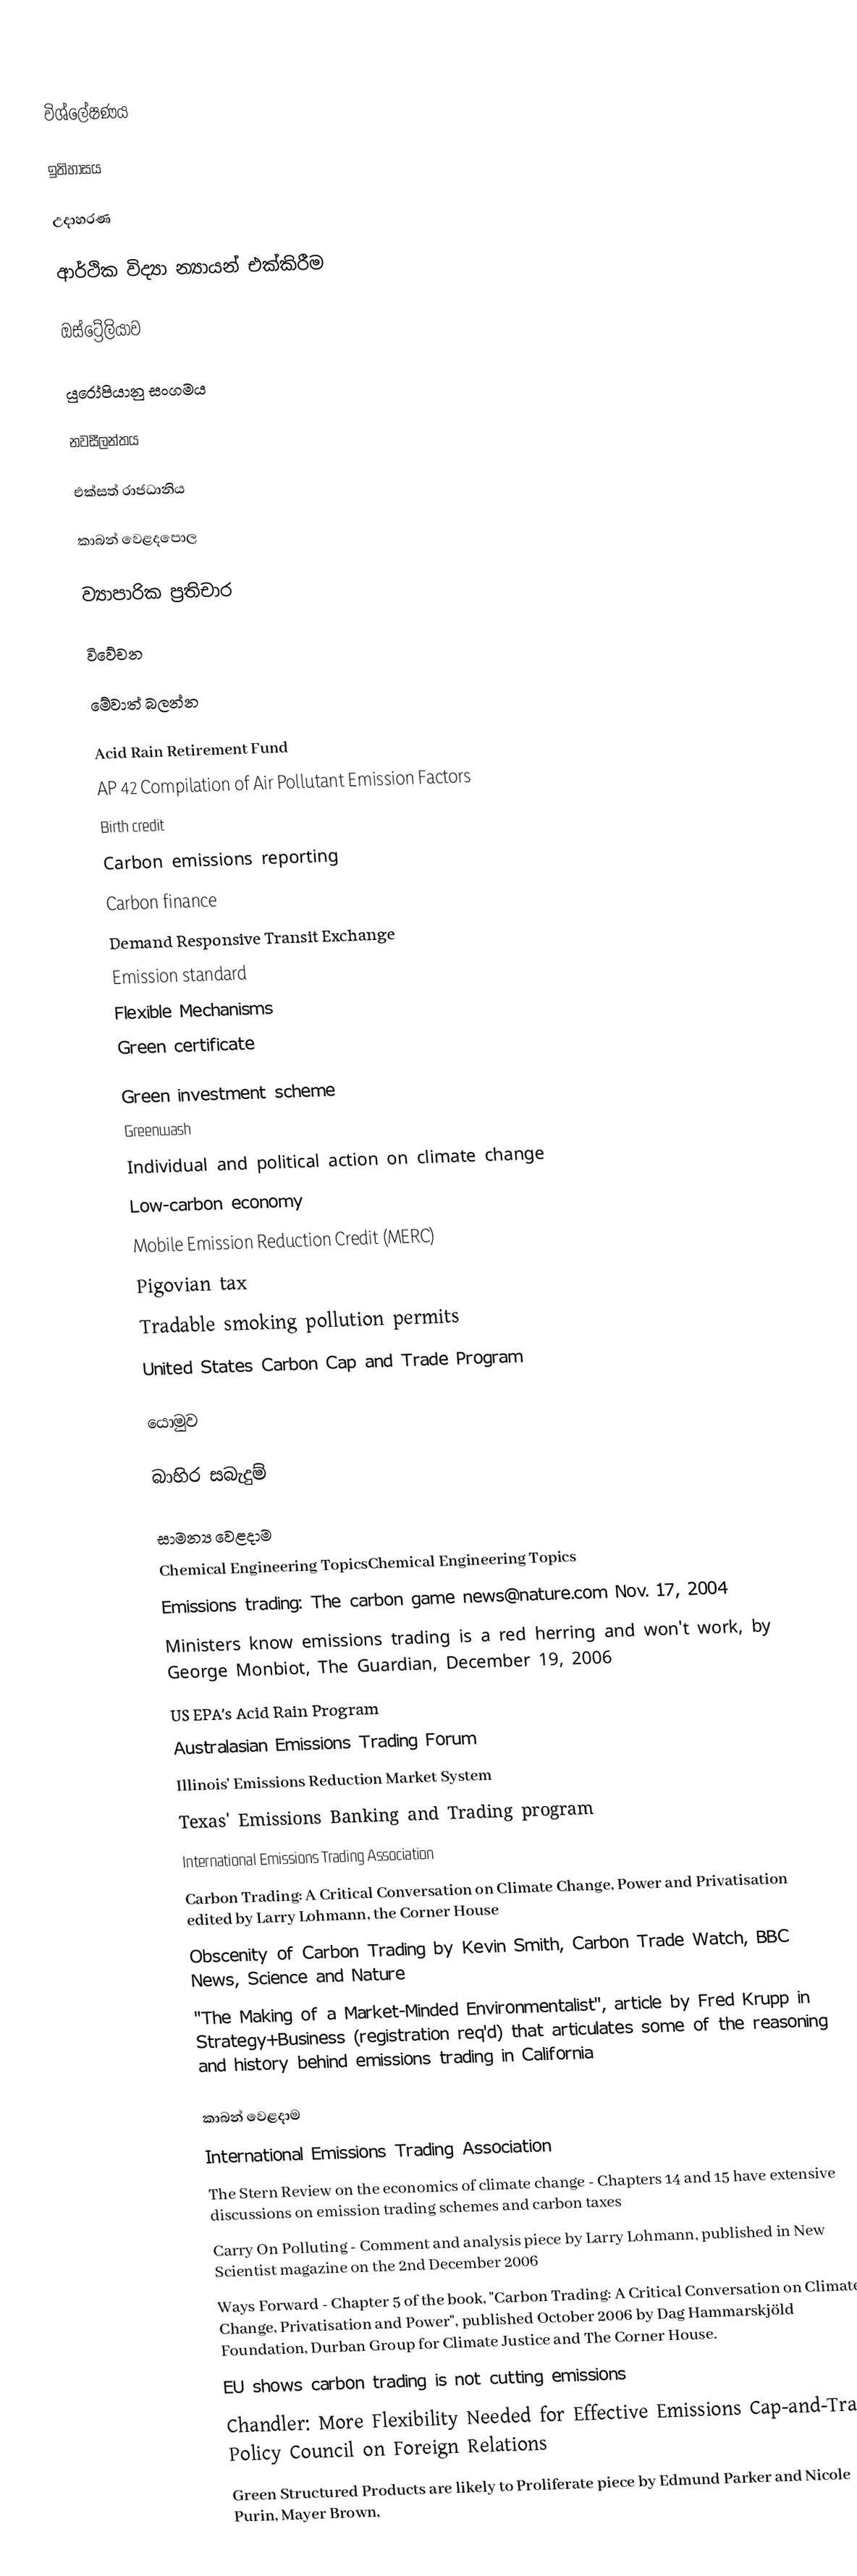

විශ්ලේෂණය

ඉතිහාසය

උදාහරණ

ආර්ථික විද්‍යා න්‍යායන් එක්කිරීම

ඔස්ට්‍රේලියාව

යුරෝපියානු සංගමය

නවසීලන්තය

එක්සත් රාජධානිය

කාබන් වෙළදපොල

ව්‍යාපාරික ප්‍රතිචාර

විවේචන

මේවාත් බලන්න

 Acid Rain Retirement Fund
 AP 42 Compilation of Air Pollutant Emission Factors
 Birth credit
 Carbon emissions reporting
 Carbon finance
 Demand Responsive Transit Exchange
 Emission standard
 Flexible Mechanisms
 Green certificate

 Green investment scheme
 Greenwash
 Individual and political action on climate change
 Low-carbon economy
 Mobile Emission Reduction Credit (MERC)
 Pigovian tax
 Tradable smoking pollution permits
 United States Carbon Cap and Trade Program

යොමුව

බාහිර සබැදුම්

සාමන්‍ය වෙළදාම
 Chemical Engineering TopicsChemical Engineering Topics
 Emissions trading: The carbon game news@nature.com Nov. 17, 2004
 Ministers know emissions trading is a red herring and won't work, by George Monbiot, The Guardian, December 19, 2006
 US EPA's Acid Rain Program
 Australasian Emissions Trading Forum
 Illinois' Emissions Reduction Market System
 Texas' Emissions Banking and Trading program
 International Emissions Trading Association
 Carbon Trading: A Critical Conversation on Climate Change, Power and Privatisation edited by Larry Lohmann, the Corner House
 Obscenity of Carbon Trading by Kevin Smith, Carbon Trade Watch, BBC News, Science and Nature
 "The Making of a Market-Minded Environmentalist", article by Fred Krupp in Strategy+Business (registration req'd) that articulates some of the reasoning and history behind emissions trading in California

කාබන් වෙළදාම
 International Emissions Trading Association
 The Stern Review on the economics of climate change - Chapters 14 and 15 have extensive discussions on emission trading schemes and carbon taxes
 Carry On Polluting - Comment and analysis piece by Larry Lohmann, published in New Scientist magazine on the 2nd December 2006
 Ways Forward - Chapter 5 of the book, "Carbon Trading: A Critical Conversation on Climate Change, Privatisation and Power", published October 2006 by Dag Hammarskjöld Foundation, Durban Group for Climate Justice and The Corner House.
 EU shows carbon trading is not cutting emissions
 Chandler: More Flexibility Needed for Effective Emissions Cap-and-Trade Policy Council on Foreign Relations
 Green Structured Products are likely to Proliferate piece by Edmund Parker and Nicole Purin, Mayer Brown,